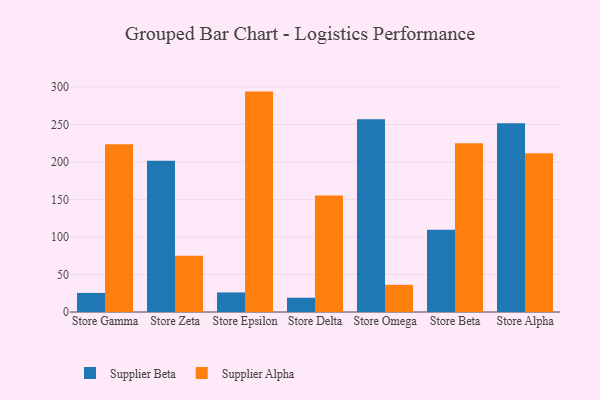
{"axis": {"x": "Store", "y": "Market Share (%)"}, "legend": ["Supplier Alpha", "Supplier Beta"], "data": [{"x": "Store Gamma", "y": 25.4, "type": "Supplier Beta"}, {"x": "Store Gamma", "y": 223.6, "type": "Supplier Alpha"}, {"x": "Store Zeta", "y": 201.7, "type": "Supplier Beta"}, {"x": "Store Zeta", "y": 74.9, "type": "Supplier Alpha"}, {"x": "Store Epsilon", "y": 26.1, "type": "Supplier Beta"}, {"x": "Store Epsilon", "y": 293.8, "type": "Supplier Alpha"}, {"x": "Store Delta", "y": 19.0, "type": "Supplier Beta"}, {"x": "Store Delta", "y": 155.4, "type": "Supplier Alpha"}, {"x": "Store Omega", "y": 257.0, "type": "Supplier Beta"}, {"x": "Store Omega", "y": 36.2, "type": "Supplier Alpha"}, {"x": "Store Beta", "y": 109.7, "type": "Supplier Beta"}, {"x": "Store Beta", "y": 225.1, "type": "Supplier Alpha"}, {"x": "Store Alpha", "y": 251.6, "type": "Supplier Beta"}, {"x": "Store Alpha", "y": 211.7, "type": "Supplier Alpha"}]}